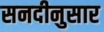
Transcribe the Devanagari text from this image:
सनदीनुसार